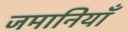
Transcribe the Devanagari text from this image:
जमानियाँ